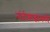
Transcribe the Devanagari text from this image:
नांदीश्राद्धामध्ये